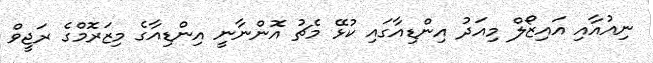
ނިއުއާއި އައިޒޯލް މިއަދު އިންޑިއާގައި ކުޅޭ މެޗު އޮންނާނީ އިންޑިއާގެ މިޒަރޮމްގެ ރަޖީވް